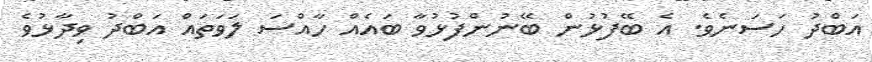
އަބްދު ހަސަނެވެ. އެ ބޭފުޅުން ބޭނުންފުޅުވާ ބައެއް ހާއްސަ ލަވަތައް އަބްދު ވިދާޅުވެ